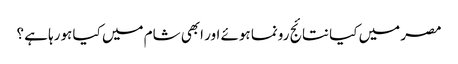
مصر میں کیا نتائج رونما ہوئے اور ابھی شام میں کیا ہورہا ہے ؟